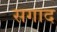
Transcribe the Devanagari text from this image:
सगाद